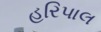
હરિપાલ